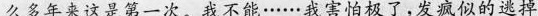
么多年来这是第一次。我不能······我害怕极了，发疯似的逃掉